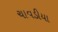
ચાવડીયા